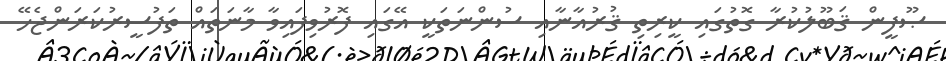
ޞޫފީން ޤަބޫލުކުރާ ގޮތުގައި ކީރިތި ޤުރުއާނާއި ސުންނަތަކީ އޭގައި ފޮރުވިފައިވާ މާނަތައް ތަފުސީރުކަރަންޖެހޭ